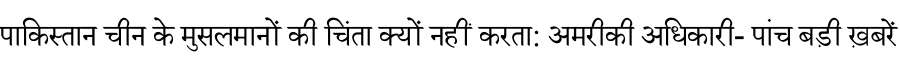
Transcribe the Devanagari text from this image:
पाकिस्तान चीन के मुसलमानों की चिंता क्यों नहीं करता: अमरीकी अधिकारी- पांच बड़ी ख़बरें